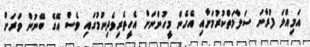
އަމިއްލަ ފުރާނަ ސަލާމަތްކުރުމަށާއި އެހެން މީހުންނަށް އެހީތެރިވެދިނުމުގައި ވެސް އޭގެ ބޭނުން ވަރަށް